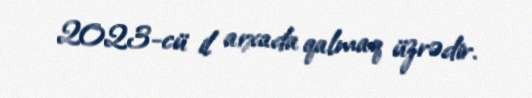
2023-cü il arxada qalmaq üzrədir.